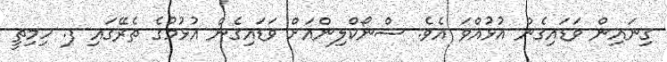
ގިނައިން ވަޑައިގެން އުޅުއްވަ އެވެ. ސްނޯކްލިންއަށް ވަޑައިގެން އުޅުމުގެ ތެރޭގައި ފ. ހިމިތީ